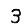
Digit: 3